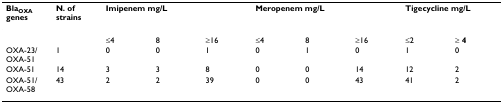
| BlaOXA genes | N. of strains | <COLSPAN=3> Imipenem mg/L | <COLSPAN=3> Meropenem mg/L | <COLSPAN=2> Tigecycline mg/L |
 | --- | --- | --- | --- | --- | --- | --- | --- | --- | --- |
 |  |  | ≤4 | 8 | ≥16 | ≤4 | 8 | ≥16 | ≤2 | ≥ 4 |
 | OXA-23/OXA-51 | 1 | 0 | 0 | 1 | 0 | 1 | 0 | 1 | 0 |
 | OXA-51 | 14 | 3 | 3 | 8 | 0 | 0 | 14 | 12 | 2 |
 | OXA-51/OXA-58 | 43 | 2 | 2 | 39 | 0 | 0 | 43 | 41 | 2 |